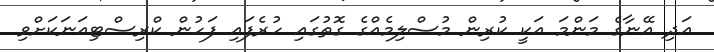
އަދި އޭނާގެ މަންމަ އަކީ ކުރިން މުސްލިމެއްގެ ގޮތުގައި ހުރެފައި ފަހުން ކްރިސްޓިއަނަކަށްވި